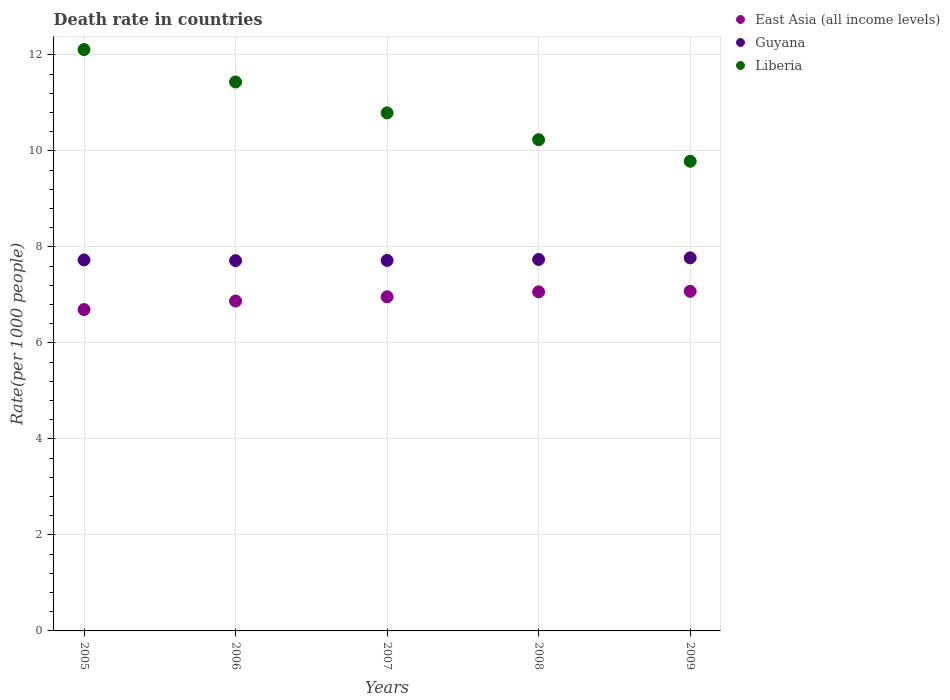
| Years | East Asia (all income levels) | Guyana | Liberia |
 | --- | --- | --- | --- |
 | 2005 | 6.69 | 7.73 | 12.1 |
 | 2006 | 6.87 | 7.71 | 11.4 |
 | 2007 | 6.96 | 7.72 | 10.8 |
 | 2008 | 7.06 | 7.74 | 10.2 |
 | 2009 | 7.07 | 7.77 | 9.78 |